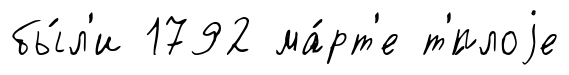
бы́л'и 1792 ма́рт'е т'́плоjе